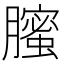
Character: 𦢉